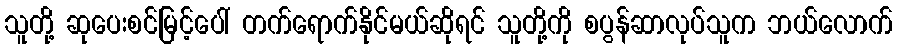
သူတို့ ဆုပေးစင်မြင့်ပေါ် တက်ရောက်နိုင်မယ်ဆိုရင် သူတို့ကို စပွန်ဆာလုပ်သူက ဘယ်လောက်